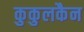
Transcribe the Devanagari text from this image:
कुकुलकैन